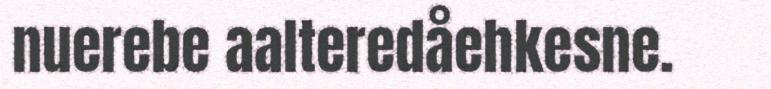
nuerebe aalteredåehkesne.